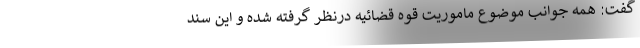
گفت: همه جوانب موضوع ماموریت قوه قضائیه درنظر گرفته شده و این سند